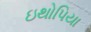
ઇથોપિયા